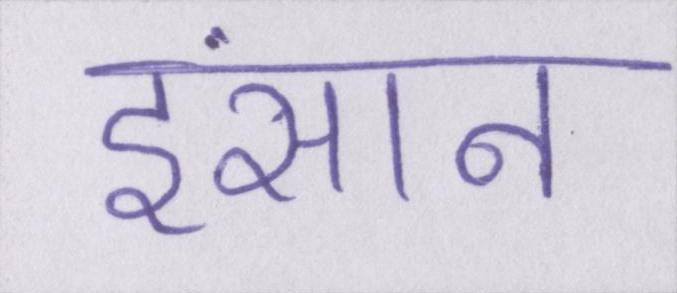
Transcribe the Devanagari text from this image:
इंसान